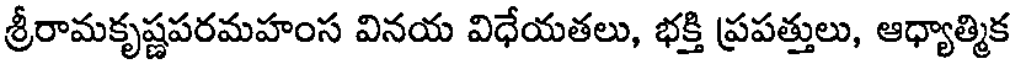
శ్రీరామకృష్ణపరమహంస వినయ విధేయతలు, భక్తి ప్రపత్తులు, ఆధ్యాత్మిక